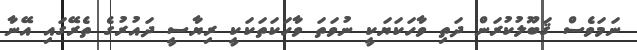
ނަމަވެސް ޤަބޫލުކުރަން ދަތި ވާހަކަޔަކީ ނުވަތަ ވާހަކަތަކަކީ ރިޔާސީ ދައުރުގެ ތެރޭގައި އޭނާ